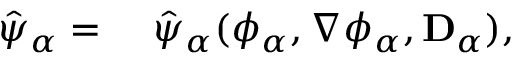
\begin{array} { r l } { \hat { \psi } _ { \alpha } = } & { { } ~ \hat { \psi } _ { \alpha } ( \phi _ { \alpha } , \nabla \phi _ { \alpha } , \mathbf { D } _ { \alpha } ) , } \end{array}